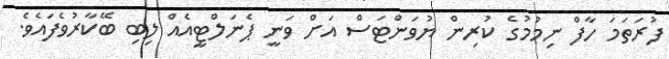
ފުރަތަމަ ހާފް ނިމުމުގެ ކުރިން ޔުވަންޓަސް އަށް ވަނީ ޕެނަލްޓީއެއް ލިބި ބޭކާރުވެފައެވެ.